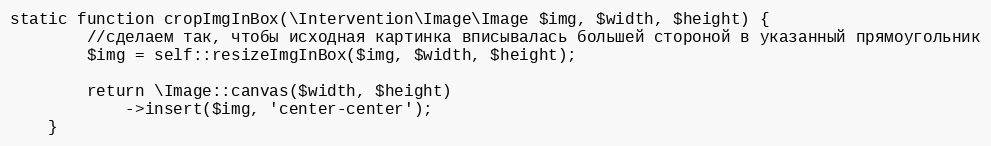
Language: PHP
static function cropImgInBox(\Intervention\Image\Image $img, $width, $height) {
        //сделаем так, чтобы исходная картинка вписывалась большей стороной в указанный прямоугольник
        $img = self::resizeImgInBox($img, $width, $height);

        return \Image::canvas($width, $height)
            ->insert($img, 'center-center');
    }